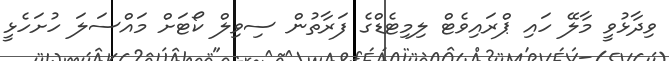
ވިދާޅުވީ މާލޭ ހައި ޕްރައިވެޓް ލިމިޓެޑްގެ ފަރާތުން ސިވިލް ކޯޓަށް މައްސަލަ ހުށަހެޅީ